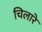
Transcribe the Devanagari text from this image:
चिलारे